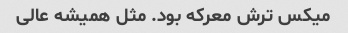
میکس ترش معرکه بود. مثل همیشه عالی